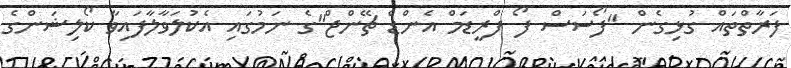
ފަރާތްތައް ގުޅިގެން "ފޯސަސް ފޯ ފްރީޑަމް އެންޑް ޗޭންޖް"ގެ ނަމުގައި އެކުލަވާލާފައިވާ ކޯލިޝަންގެ